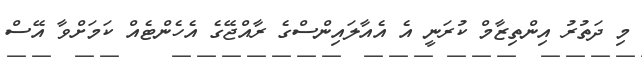
މި ދަތުރު އިންތިޒާމް ކުރަނީ އެ އެއާލައިންސްގެ ރާއްޖޭގެ އެހެންޓެއް ކަމަށްވާ އޭސް